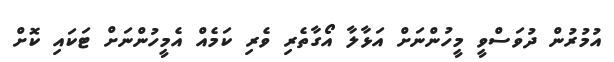
އުމުރުން ދުވަސްވީ މީހުންނަށް އަޅާލާ އޯގާތެރި ވެރި ކަމެއް އެމީހުންނަށް ޓަކައި ކޮށް